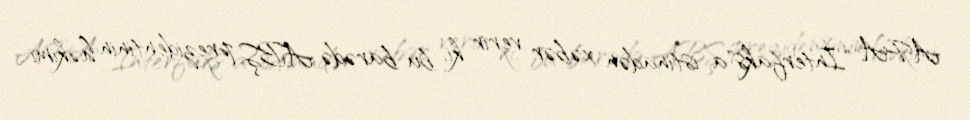
APA "İnterfaks"a istinadən xəbər verir ki, bu barədə ABŞ prezidentinin həkimi